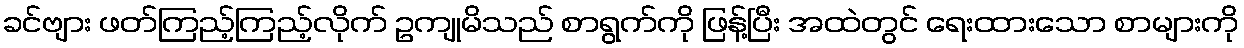
ခင်ဗျား ဖတ်ကြည့်ကြည့်လိုက် ဥကျုမိသည် စာရွက်ကို ဖြန့်ပြီး အထဲတွင် ရေးထားသော စာများကို